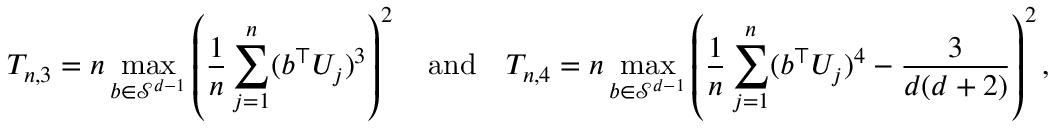
T _ { n , 3 } = n \operatorname* { m a x } _ { b \in \mathcal { S } ^ { d - 1 } } \left( \frac 1 n \sum _ { j = 1 } ^ { n } ( b ^ { \top } U _ { j } ) ^ { 3 } \right) ^ { 2 } \quad \mathrm { a n d } \quad T _ { n , 4 } = n \operatorname* { m a x } _ { b \in \mathcal { S } ^ { d - 1 } } \left( \frac 1 n \sum _ { j = 1 } ^ { n } ( b ^ { \top } U _ { j } ) ^ { 4 } - \frac 3 { d ( d + 2 ) } \right) ^ { 2 } ,